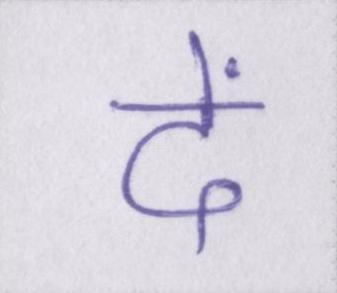
दें